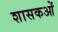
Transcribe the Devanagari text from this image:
शासकओं